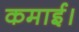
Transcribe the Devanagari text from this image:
कमाई।